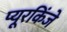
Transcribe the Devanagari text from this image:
प्यूरकिंजे